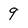
Character: 9